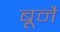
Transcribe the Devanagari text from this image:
ब्रूनै